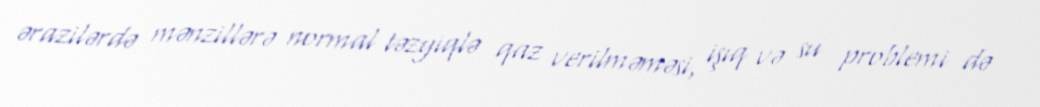
ərazilərdə mənzillərə normal təzyiqlə qaz verilməməsi, işıq və su problemi də